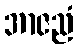
အာဇညံ